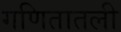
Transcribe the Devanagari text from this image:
गणितातली